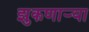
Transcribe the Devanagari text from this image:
झुकणार्‍या